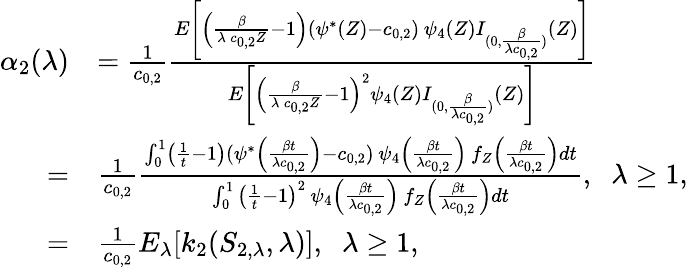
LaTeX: \begin{array}{rl}{\alpha_{2}(\lambda)}&{=\frac{1}{c_{0,2}}\frac{E\left[\left(\frac{\beta}{\lambda\, c_{0,2}Z}-1\right)(\psi^{*}(Z)-c_{0,2})\, \psi_{4}(Z)I_{(0,\frac{\beta}{\lambda c_{0,2}})}(Z)\right]}{E\left[\left(\frac{\beta}{\lambda\, c_{0,2}Z}-1\right)^{2}\psi_{4}(Z)I_{(0,\frac{\beta}{\lambda c_{0,2}})}(Z)\right]}}\\ {=}&{\frac{1}{c_{0,2}}\frac{\int_{0}^{1}\left(\frac{1}{t}-1\right)(\psi^{*}\left(\frac{\beta t}{\lambda c_{0,2}}\right)-c_{0,2})\, \psi_{4}\left(\frac{\beta t}{\lambda c_{0,2}}\right)\, f_{Z}\left(\frac{\beta t}{\lambda c_{0,2}}\right)dt}{\int_{0}^{1}\left(\frac{1}{t}-1\right)^{2}\, \psi_{4}\left(\frac{\beta t}{\lambda c_{0,2}}\right)\, f_{Z}\left(\frac{\beta t}{\lambda c_{0,2}}\right)dt},\; \; \lambda\geq 1,}\\ {=}&{\frac{1}{c_{0,2}}E_{\lambda}[k_{2}(S_{2,\lambda},\lambda)],\; \; \lambda\geq 1,}\end{array}